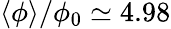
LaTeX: {\langle\phi\rangle}/\phi_{0}\simeq 4.98